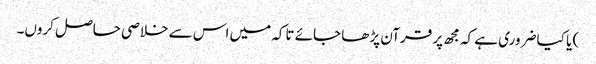
) یا کیا ضروری ہے کہ مجھ پر قرآن پڑھا جائے تاکہ میں اس سے خلاصی حاصل کروں۔